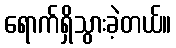
ရောက်ရှိသွားခဲ့တယ်။